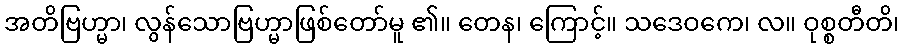
အတိဗြဟ္မာ၊ လွန်သောဗြဟ္မာဖြစ်တော်မူ ၏။ တေန၊ ကြောင့်။ သဒေဝကေ၊ လ။ ဝုစ္စတီတိ၊